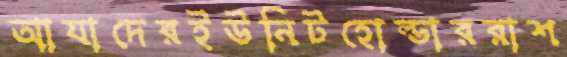
আযাদেরইউনিটহোল্ডাররাশ